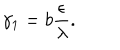
LaTeX: \gamma _ { 1 } = b \frac { \epsilon } { \lambda } .